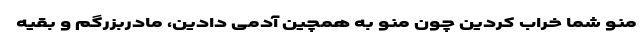
منو شما خراب کردین چون منو به همچین آدمی دادین، مادربزرگم و بقیه